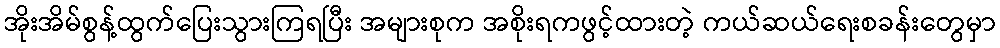
အိုးအိမ်စွန့်ထွက်ပြေးသွားကြရပြီး အများစုက အစိုးရကဖွင့်ထားတဲ့ ကယ်ဆယ်ရေးစခန်းတွေမှာ